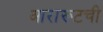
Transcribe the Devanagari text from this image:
आरारूटची